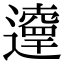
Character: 𨘞